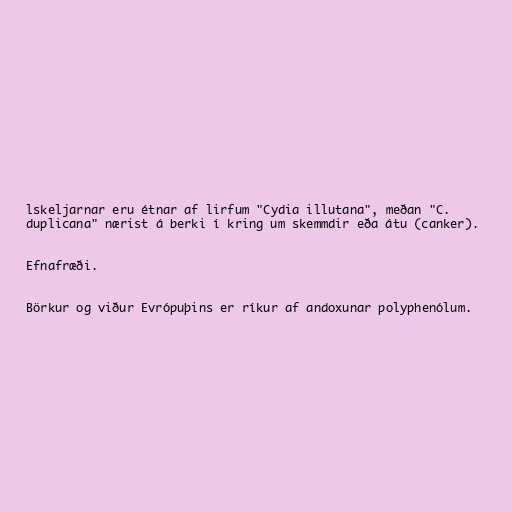
lskeljarnar eru étnar af lirfum "Cydia illutana", meðan "C.
duplicana" nærist á berki í kring um skemmdir eða átu (canker).

Efnafræði.

Börkur og viður Evrópuþins er ríkur af andoxunar polyphenólum.